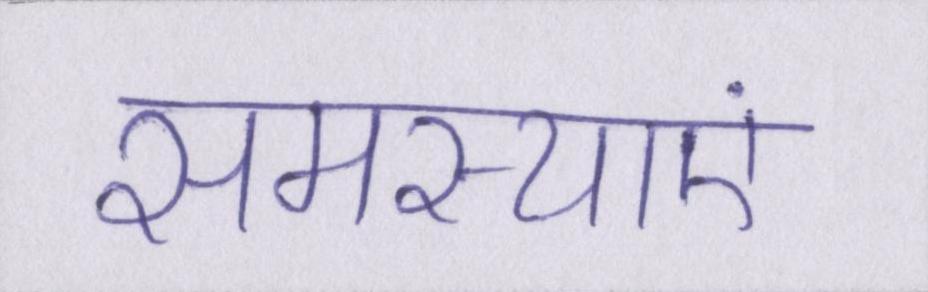
समस्याएं